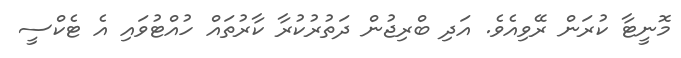
މޮނީޓާ ކުރަން ރޭވިއެވެ. އަދި ބްރިޖުން ދަތުރުކުރާ ކާރުތައް ހުއްޓުވައި އެ ޓެކްސީ